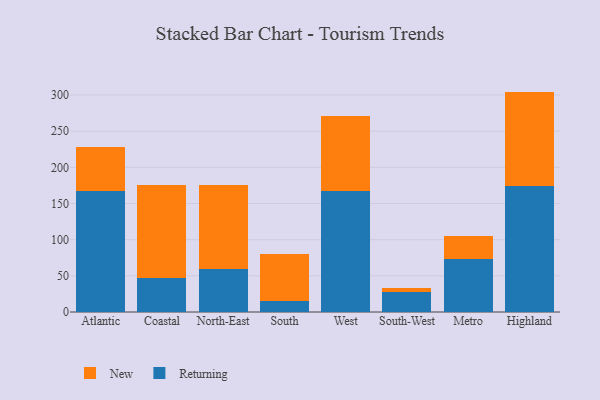
{"axis": {"x": "Region", "y": "Website Visitors"}, "legend": ["New", "Returning"], "data": [{"x": "Atlantic", "y": 166.7, "type": "Returning"}, {"x": "Atlantic", "y": 60.9, "type": "New"}, {"x": "Coastal", "y": 47.6, "type": "Returning"}, {"x": "Coastal", "y": 127.6, "type": "New"}, {"x": "North-East", "y": 59.4, "type": "Returning"}, {"x": "North-East", "y": 116.8, "type": "New"}, {"x": "South", "y": 15.0, "type": "Returning"}, {"x": "South", "y": 65.0, "type": "New"}, {"x": "West", "y": 167.0, "type": "Returning"}, {"x": "West", "y": 104.5, "type": "New"}, {"x": "South-West", "y": 28.1, "type": "Returning"}, {"x": "South-West", "y": 5.2, "type": "New"}, {"x": "Metro", "y": 73.5, "type": "Returning"}, {"x": "Metro", "y": 31.0, "type": "New"}, {"x": "Highland", "y": 174.4, "type": "Returning"}, {"x": "Highland", "y": 130.3, "type": "New"}]}